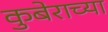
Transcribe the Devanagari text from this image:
कुबेराच्या